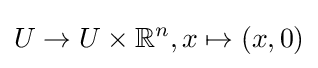
U\to U\times \mathbb {R} ^{n},x\mapsto (x,0)